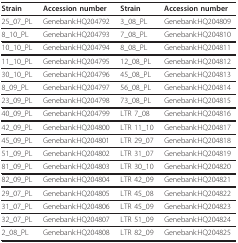
<table><thead><tr><td><b>Strain</b></td><td><b>Accession number</b></td><td><b>Strain</b></td><td><b>Accession number</b></td></tr></thead><tbody><tr><td>25_07_PL</td><td>Genebank:HQ204792</td><td>3_08_PL</td><td>Genebank:HQ204809</td></tr><tr><td>8_10_PL</td><td>Genebank:HQ204793</td><td>7_08_PL</td><td>Genebank:HQ204810</td></tr><tr><td>10_10_PL</td><td>Genebank:HQ204794</td><td>8_08_PL</td><td>Genebank:HQ204811</td></tr><tr><td>11_10_PL</td><td>Genebank:HQ204795</td><td>12_08_PL</td><td>Genebank:HQ204812</td></tr><tr><td>30_10_PL</td><td>Genebank:HQ204796</td><td>45_08_PL</td><td>Genebank:HQ204813</td></tr><tr><td>8_09_PL</td><td>Genebank:HQ204797</td><td>56_08_PL</td><td>Genebank:HQ204814</td></tr><tr><td>23_09_PL</td><td>Genebank:HQ204798</td><td>73_08_PL</td><td>Genebank:HQ204815</td></tr><tr><td>40_09_PL</td><td>Genebank:HQ204799</td><td>LTR 7_08</td><td>Genebank:HQ204816</td></tr><tr><td>42_09_PL</td><td>Genebank:HQ204800</td><td>LTR 11_10</td><td>Genebank:HQ204817</td></tr><tr><td>45_09_PL</td><td>Genebank:HQ204801</td><td>LTR 29_07</td><td>Genebank:HQ204818</td></tr><tr><td>51_09_PL</td><td>Genebank:HQ204802</td><td>LTR 31_07</td><td>Genebank:HQ204819</td></tr><tr><td>81_09_PL</td><td>Genebank:HQ204803</td><td>LTR 30_10</td><td>Genebank:HQ204820</td></tr><tr><td>82_09_PL</td><td>Genebank:HQ204804</td><td>LTR 42_09</td><td>Genebank:HQ204821</td></tr><tr><td>29_07_PL</td><td>Genebank:HQ204805</td><td>LTR 45_08</td><td>Genebank:HQ204822</td></tr><tr><td>31_07_PL</td><td>Genebank:HQ204806</td><td>LTR 45_09</td><td>Genebank:HQ204823</td></tr><tr><td>32_07_PL</td><td>Genebank:HQ204807</td><td>LTR 51_09</td><td>Genebank:HQ204824</td></tr><tr><td>2_08_PL</td><td>Genebank:HQ204808</td><td>LTR 82_09</td><td>Genebank:HQ204825</td></tr></tbody></table>